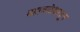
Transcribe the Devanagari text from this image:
महाबळेश्वरहून